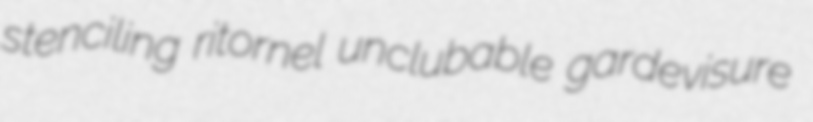
stenciling ritornel unclubable gardevisure